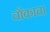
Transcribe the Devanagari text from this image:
चौकाचा